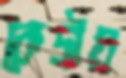
কেদ্রীয়